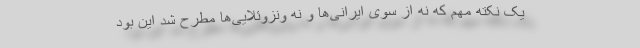
یک نکته مهم که نه از سوی ایرانی‌ها و نه ونزوئلایی‌ها مطرح شد این بود